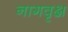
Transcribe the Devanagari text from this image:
नागवृक्ष